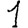
Digit: 1